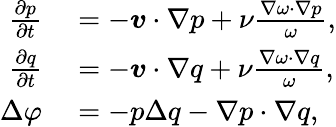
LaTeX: \begin{array}{rl}{\frac{\partial p}{\partial t}}&{{}=-\boldsymbol{v}\cdot\nabla p+\nu\frac{\nabla\omega\cdot\nabla p}{\omega},}\\ {\frac{\partial q}{\partial t}}&{{}=-\boldsymbol{v}\cdot\nabla q+\nu\frac{\nabla\omega\cdot\nabla q}{\omega},}\\ {\Delta\varphi}&{{}=-p\Delta q-\nabla p\cdot\nabla q,}\end{array}